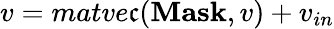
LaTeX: v=matve\mathfrak{c}(\mathbf{{Mask}},v)+v_{in}